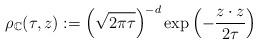
LaTeX: \begin{align*}\rho_{\mathbb{C}}(\tau,z):=\left( \sqrt{2\pi\tau}\right) ^{-d}\exp\left(-\frac{z\cdot z}{2\tau}\right) \end{align*}